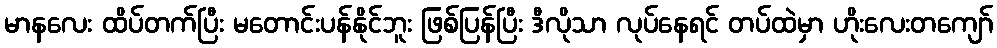
မာနလေး ထိပ်တက်ပြီး မတောင်းပန်နိုင်ဘူး ဖြစ်ပြန်ပြီး ဒီလိုသာ လုပ်နေရင် တပ်ထဲမှာ ဟိုးလေးတကျော်